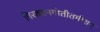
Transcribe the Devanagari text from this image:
गिराज्ञानगोतीतमीशम्